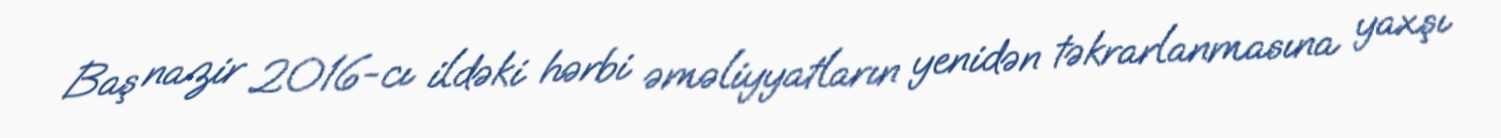
Baş nazir 2016-cı ildəki hərbi əməliyyatların yenidən təkrarlanmasına yaxşı